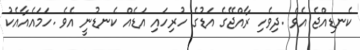
ކެނޑިއްޖެ އެވެ .ދިވެހި ރާއްޖޭގެ އަޑުގެ ހުރިހައި އަޑެއް ކެނޑުނީ އެވެ .ހަމައެއާއެކު